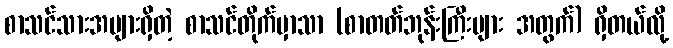
စာသင်သားအများရှိတဲ့ စာသင်တိုက်မှာသာ (စာတတ်ဘုန်းကြီးများ အတွက်) ရှိတယ်လို့